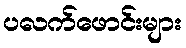
ပလက်ဖောင်းများ